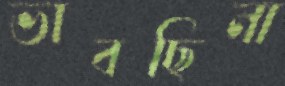
ভাবছিনা